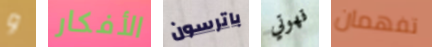
و الأفكار باترسون قهوتي تفهمان